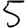
Digit: 5